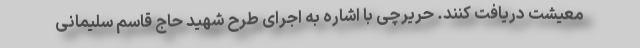
معیشت دریافت کنند. حریرچی با اشاره به اجرای طرح شهید حاج قاسم سلیمانی